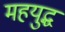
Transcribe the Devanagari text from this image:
महयुद्ध